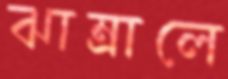
ঝাম্‌রালে